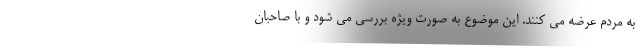
به مردم عرضه می کنند. این موضوع به صورت ویژه بررسی می شود و با صاحبان